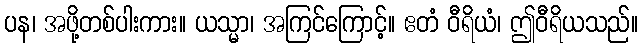
ပန၊ အဖို့တစ်ပါးကား။ ယသ္မာ၊ အကြင်ကြောင့်။ ဧတံ ဝီရိယံ၊ ဤဝီရိယသည်။